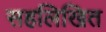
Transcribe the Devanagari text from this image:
सहलिखित